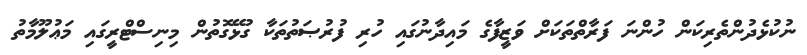
ނުކުޅެދުންތެރިކަން ހުންނަ ފަރާތްތަކަށް ވަޒީފާގެ މައިދާނުގައި ހުރި ފުރުޞަތުތަކާ ގުޅޭގޮތުން މިނިސްޓްރީގައި މަޢުލޫމާތު